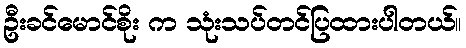
ဦးခင်မောင်စိုး က သုံးသပ်တင်ပြထားပါတယ်။